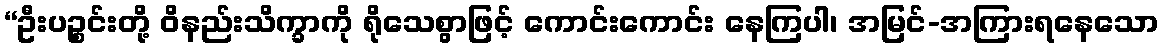
“ဦးပဉ္စင်းတို့ ဝိနည်းသိက္ခာကို ရိုသေစွာဖြင့် ကောင်းကောင်း နေကြပါ၊ အမြင်-အကြားရနေသော